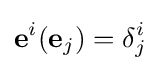
\mathbf {e} ^{i}(\mathbf {e} _{j})=\delta _{j}^{i}